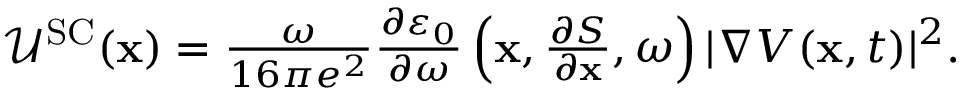
\begin{array} { r } { \mathcal { U } ^ { \mathrm { S C } } ( \mathbf { x } ) = \frac { \omega } { 1 6 \pi e ^ { 2 } } \frac { \partial \varepsilon _ { 0 } } { \partial \omega } \left( \mathbf { x } , \frac { \partial S } { \partial \mathbf { x } } , \omega \right) | \nabla V ( \mathbf { x } , t ) | ^ { 2 } . } \end{array}